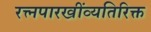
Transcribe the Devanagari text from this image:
रत्त्‍नपारखींव्यतिरिक्त